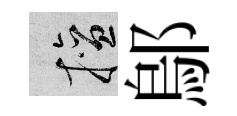
擅鄔